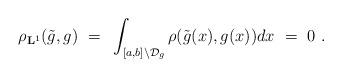
LaTeX: \begin{align*}\rho_{{\bf L}^1}(\tilde{g},g)~=~\int_{[a,b]\backslash \mathcal{D}_g}\rho(\tilde{g}(x),g(x))dx~=~0~.\end{align*}